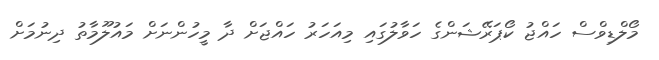
މޯލްޑިވްސް ހައްޖު ކޯޕަރޭޝަންގެ ހަވާލުގައި މިއަހަރު ހައްޖަށް ދާ މީހުންނަށް މައުލޫމާތު ދިނުމަށް